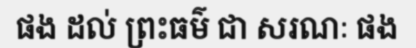
ផង ដល់ ព្រះធម៌ ជា សរណៈ ផង